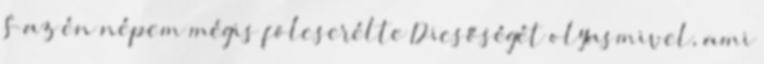
S az én népem mégis fölcserélte Dicsőségét olyasmivel, ami